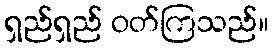
ရှည်ရှည် ဝတ်ကြသည်။